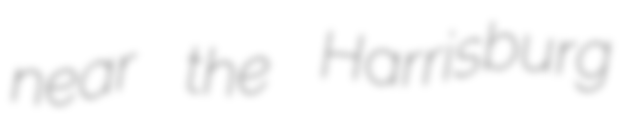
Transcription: near the Harrisburg